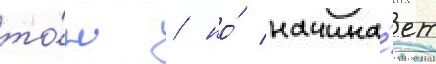
то́н / но́ начина́ет